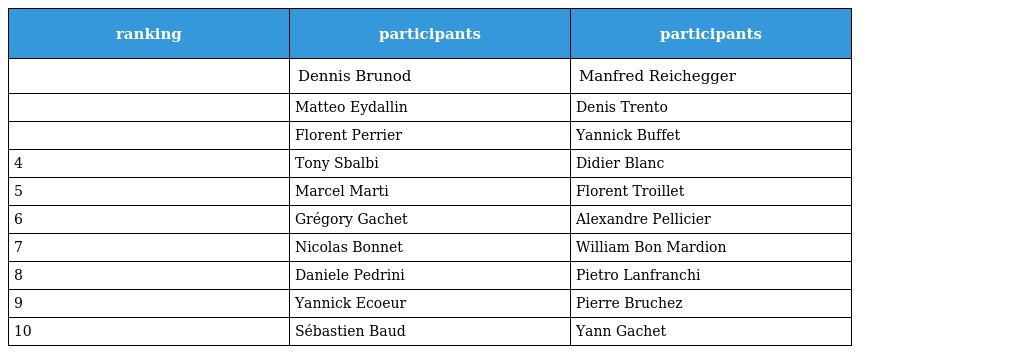
| ranking | participants | participants |
 | --- | --- | --- |
 |  | Dennis Brunod | Manfred Reichegger |
 |  | Matteo Eydallin | Denis Trento |
 |  | Florent Perrier | Yannick Buffet |
 | 4 | Tony Sbalbi | Didier Blanc |
 | 5 | Marcel Marti | Florent Troillet |
 | 6 | Grégory Gachet | Alexandre Pellicier |
 | 7 | Nicolas Bonnet | William Bon Mardion |
 | 8 | Daniele Pedrini | Pietro Lanfranchi |
 | 9 | Yannick Ecoeur | Pierre Bruchez |
 | 10 | Sébastien Baud | Yann Gachet |